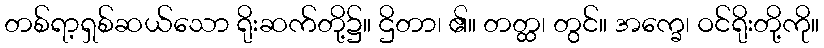
တစ်ရာ့ရှစ်ဆယ်သော ရိုးဆက်တို့၌။ ဌိတာ၊ ၏။ တတ္ထ၊ တွင်။ အက္ခေ၊ ဝင်ရိုးတို့ကို။